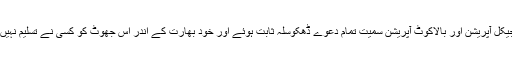
سرجیکل آپریشن اور بالاکوٹ آپریشن سمیت تمام دعوے ڈھکوسلہ ثابت ہوئے اور خود بھارت کے اندر اس جھوٹ کو کسی نے تسلیم نہیں کیا۔